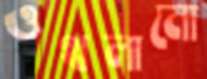
ওথলানো